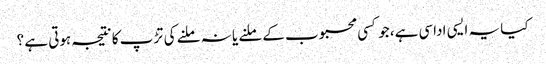
کیا یہ ایسی اداسی ہے، جو کسی محبوب کے ملنے یا نہ ملنے کی تڑپ کا نتیجہ ہوتی ہے ؟